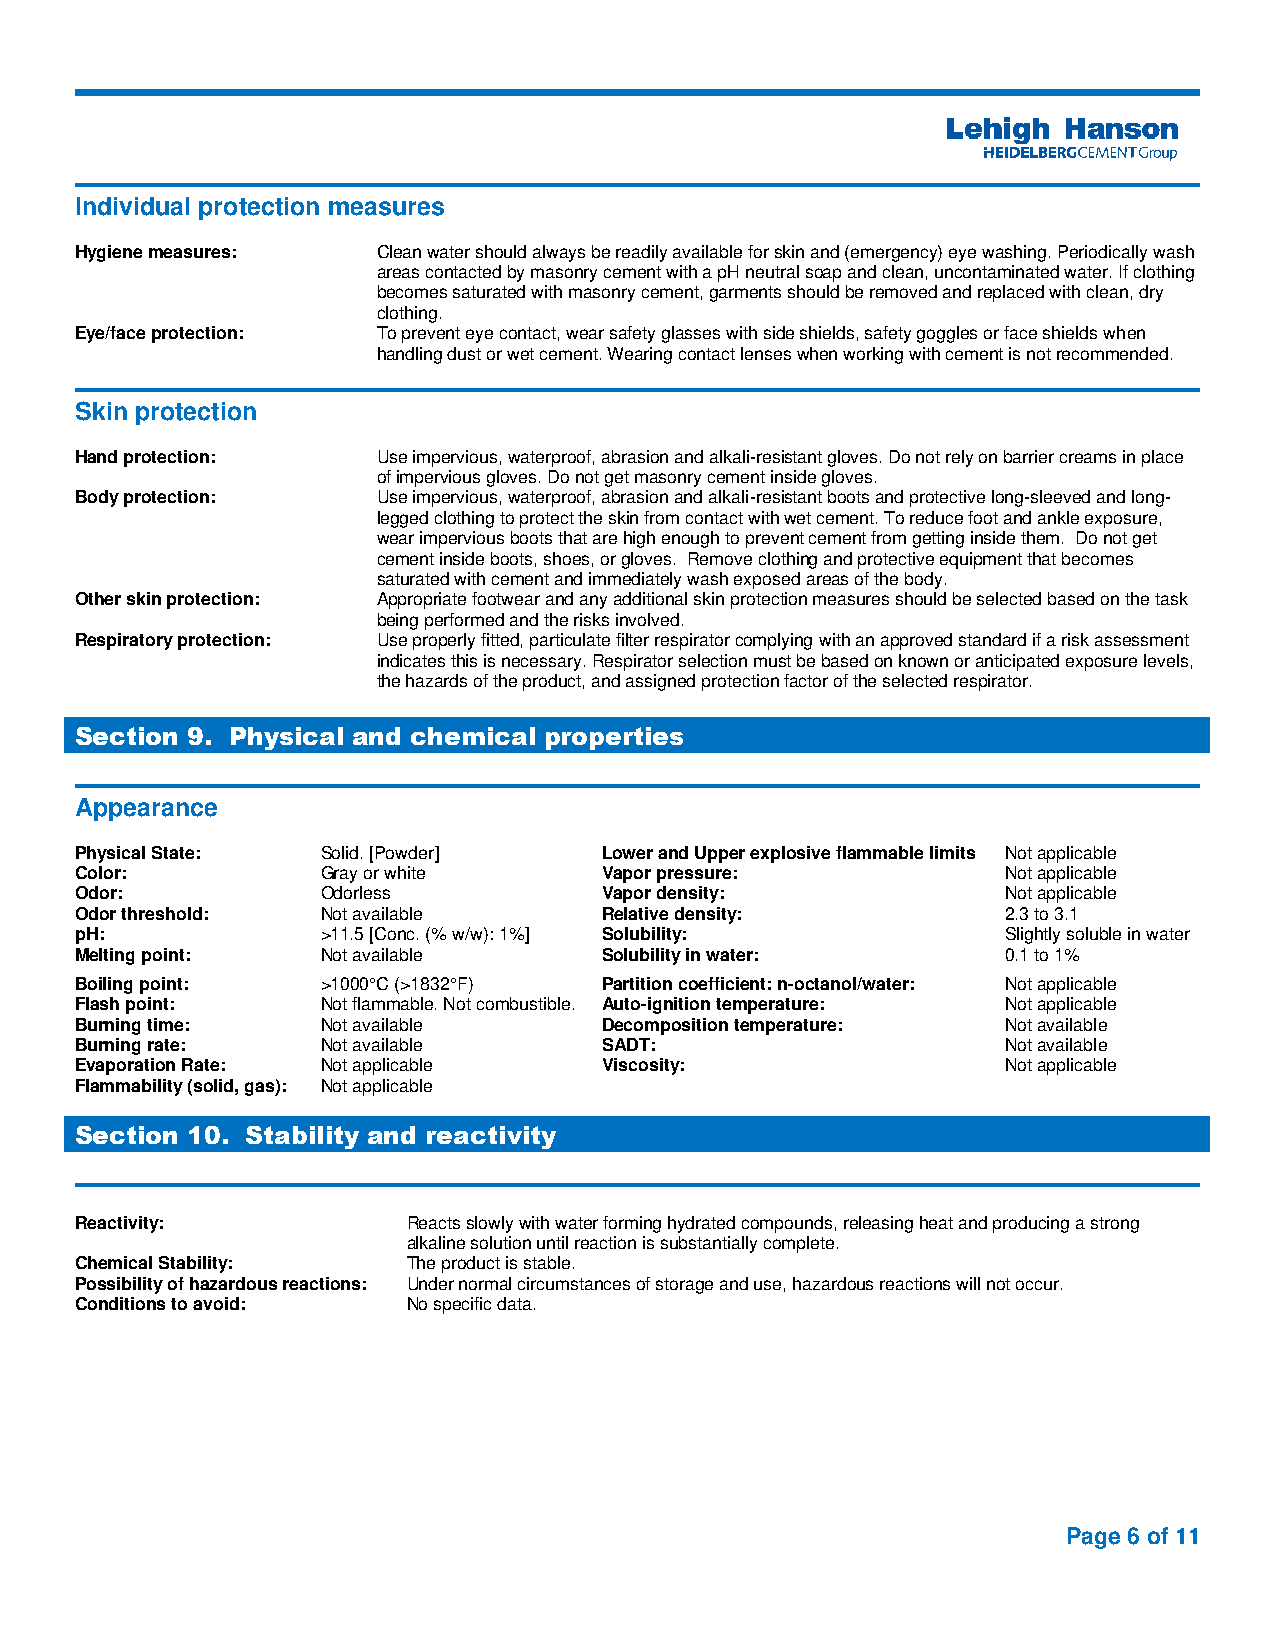
Individual protection measures
 Hygiene measures:   Clean water should always be readily available for skin and (emergency) eye washing. Periodically wash
 areas contacted by masonry cement with a pH neutral soap and clean, uncontaminated water. If clothing
 becomes saturated with masonry cement, garments should be removed and replaced with clean, dry
 clothing.
 Eye/face protection: To prevent eye contact, wear safety glasses with side shields, safety goggles or face shields when
 handling dust or wet cement. Wearing contact lenses when working with cement is not recommended.
 Skin protection
 Hand protection:    Use impervious, waterproof, abrasion and alkali-resistant gloves. Do not rely on barrier creams in place
 of impervious gloves. Do not get masonry cement inside gloves.
 Body protection:    Use impervious, waterproof, abrasion and alkali-resistant boots and protective long-sleeved and long-
 legged clothing to protect the skin from contact with wet cement. To reduce foot and ankle exposure,
 wear impervious boots that are high enough to prevent cement from getting inside them. Do not get
 cement inside boots, shoes, or gloves. Remove clothing and protective equipment that becomes
 saturated with cement and immediately wash exposed areas of the body.
 Other skin protection: Appropriate footwear and any additional skin protection measures should be selected based on the task
 being performed and the risks involved.
 Respiratory protection: Use properly fitted, particulate filter respirator complying with an approved standard if a risk assessment
 indicates this is necessary. Respirator selection must be based on known or anticipated exposure levels,
 the hazards of the product, and assigned protection factor of the selected respirator.
 Section 9. Physical and chemical properties
 Appearance
 Physical State: Solid. [Powder]    Lower and Upper explosive flammable limits Not applicable
 Color:          Gray or white      Vapor pressure:            Not applicable
 Odor:           Odorless           Vapor density:             Not applicable
 Odor threshold: Not available      Relative density:          2.3 to 3.1
 pH:             >11.5 [Conc. (% w/w): 1%] Solubility:         Slightly soluble in water
 Melting point:  Not available      Solubility in water:       0.1 to 1%
 Boiling point:  >1000°C (>1832°F)  Partition coefficient: n-octanol/water: Not applicable
 Flash point:    Not flammable. Not combustible. Auto-ignition temperature: Not applicable
 Burning time:   Not available      Decomposition temperature: Not available
 Burning rate:   Not available      SADT:                      Not available
 Evaporation Rate: Not applicable   Viscosity:                 Not applicable
 Flammability (solid, gas): Not applicable
 Section 10. Stability and reactivity
 Reactivity:           Reacts slowly with water forming hydrated compounds, releasing heat and producing a strong
 alkaline solution until reaction is substantially complete.
 Chemical Stability:   The product is stable.
 Possibility of hazardous reactions: Under normal circumstances of storage and use, hazardous reactions will not occur.
 Conditions to avoid:  No specific data.
 Page 6 of 11